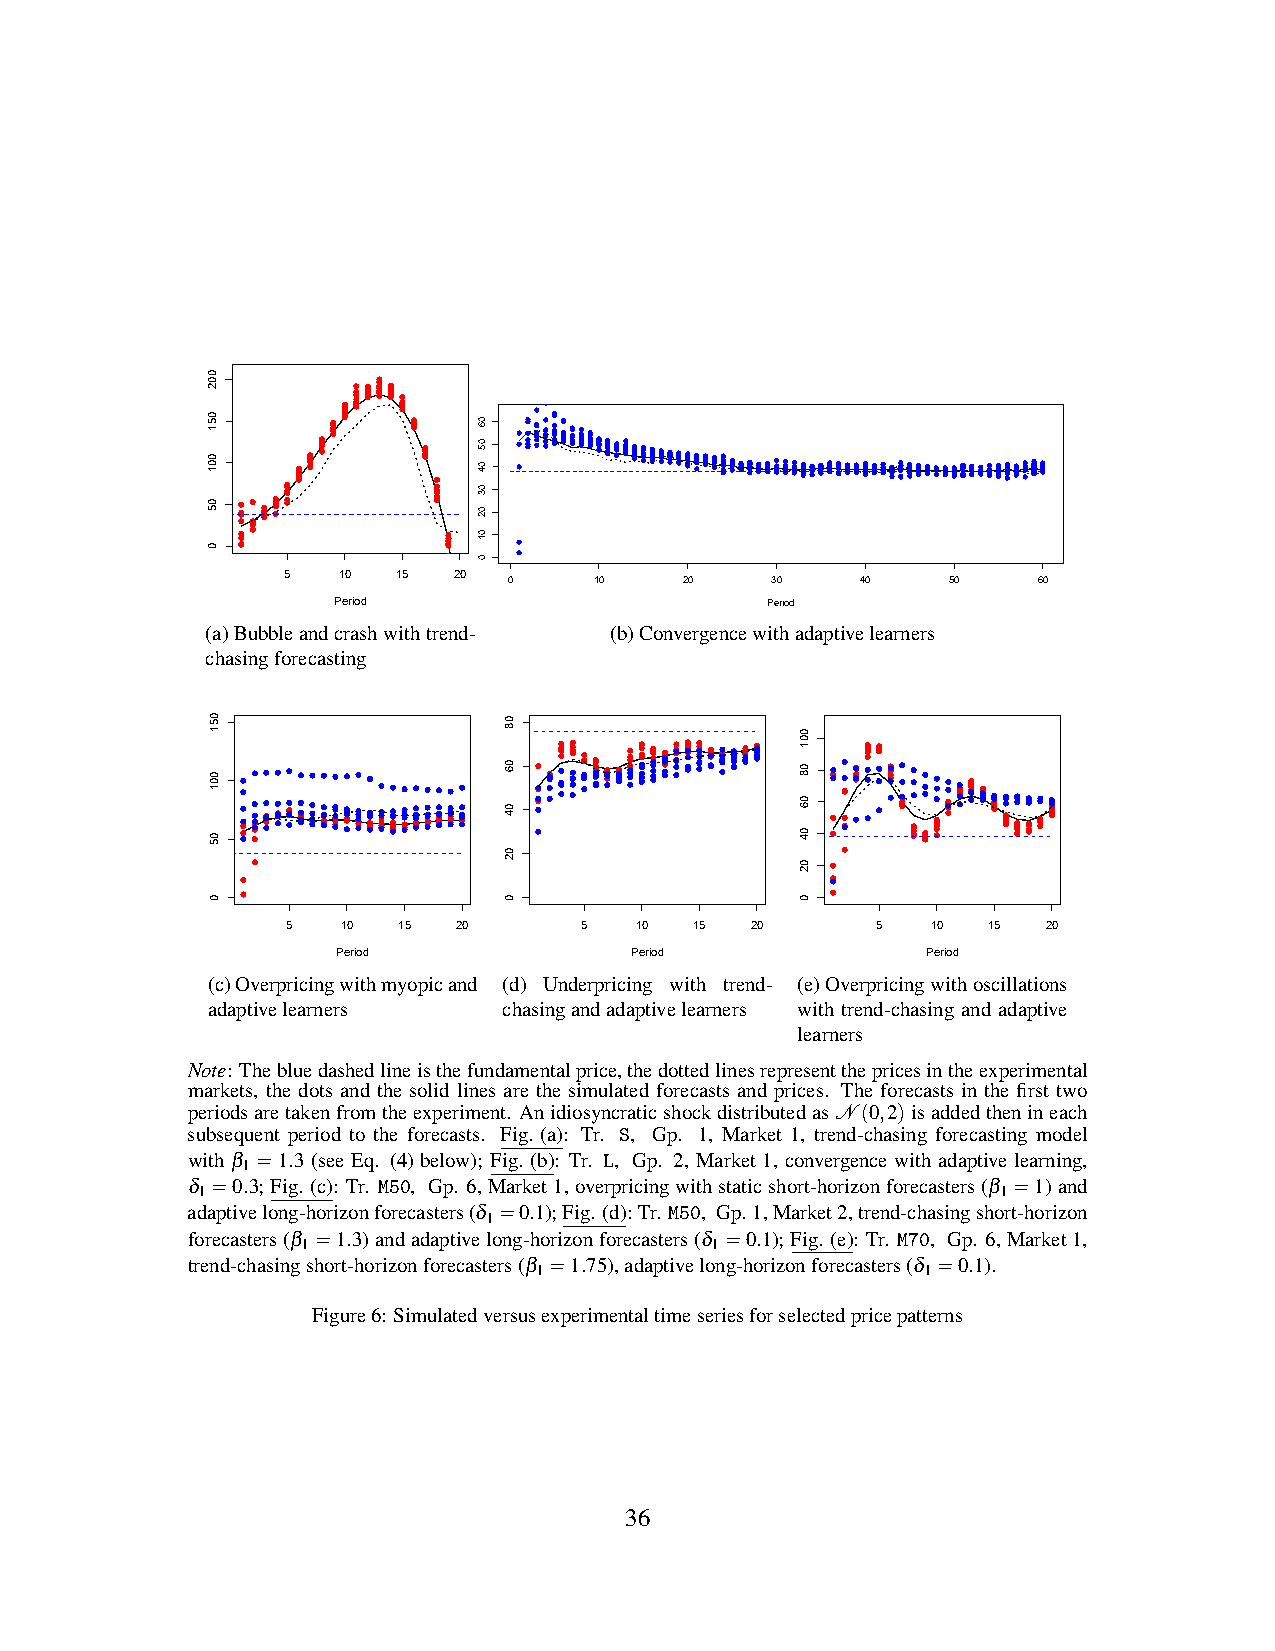
5  10  15  20
 0    10    20    30    40    50    60
 Period                       Period
 (a)Bubbleandcrashwithtrend- (b)Convergencewithadaptivelearners
 chasingforecasting
 5   10 15  20      5   10  15  20      5   10 15  20
 Period              Period             Period
 (c)Overpricingwithmyopicand (d) Underpricing with trend- (e)Overpricingwithoscillations
 adaptivelearners   chasingandadaptivelearners with trend-chasing and adaptive
 learners
 Note: Thebluedashedlineisthefundamentalprice,thedottedlinesrepresentthepricesintheexperimental
 markets, the dots and the solid lines are the simulated forecasts and prices. The forecasts in the first two
 periodsaretakenfromtheexperiment. AnidiosyncraticshockdistributedasN (0,2)isaddedthenineach
 subsequent period to the forecasts. Fig. (a): Tr. S, Gp. 1, Market 1, trend-chasing forecasting model
 with β =1.3 (see Eq. (4) below); Fig. (b): Tr. L, Gp. 2, Market 1, convergence with adaptive learning,
 1
 δ =0.3;Fig. (c): Tr. M50, Gp. 6,Market1,overpricingwithstaticshort-horizonforecasters(β =1)and
 1                                                    1
 adaptivelong-horizonforecasters(δ =0.1);Fig. (d):Tr. M50, Gp. 1,Market2,trend-chasingshort-horizon
 1
 forecasters(β =1.3)andadaptivelong-horizonforecasters(δ =0.1);Fig. (e): Tr. M70, Gp. 6,Market1,
 1                          1
 trend-chasingshort-horizonforecasters(β =1.75),adaptivelong-horizonforecasters(δ =0.1).
 1                         1
 Figure6: Simulatedversusexperimentaltimeseriesforselectedpricepatterns
 36
 002
 051
 001
 05
 0
 051
 001
 05
 0
 06
 05
 04
 03
 02
 01
 0
 08
 06
 04
 02
 0
 001
 08
 06
 04
 02
 0